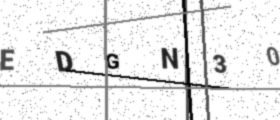
Text: EDGN30